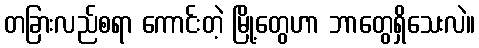
တခြားလည်စရာ ကောင်းတဲ့ မြို့တွေဟာ ဘာတွေရှိသေးလဲ။